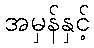
အမှန်နှင့်